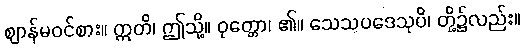
ဈာန်မဝင်စား။ ဣတိ၊ ဤသို့။ ဝုတ္တော၊ ၏။ သေသပဒေသုပိ၊ တို့၌လည်း။